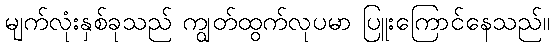
မျက်လုံးနှစ်ခုသည် ကျွတ်ထွက်လုပမာ ပြူးကြောင်နေသည်။